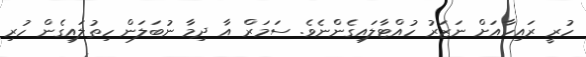
ހުރީ ރައިހާއަށް ނަޒަރު ހުއްޓާލައިގެންނެވެ. ސަމަރް އާ ދިމާ ނުބަލަން ހިތުލައިގެން ހުރި